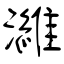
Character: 濰